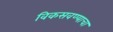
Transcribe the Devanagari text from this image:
विकसवण्याचा